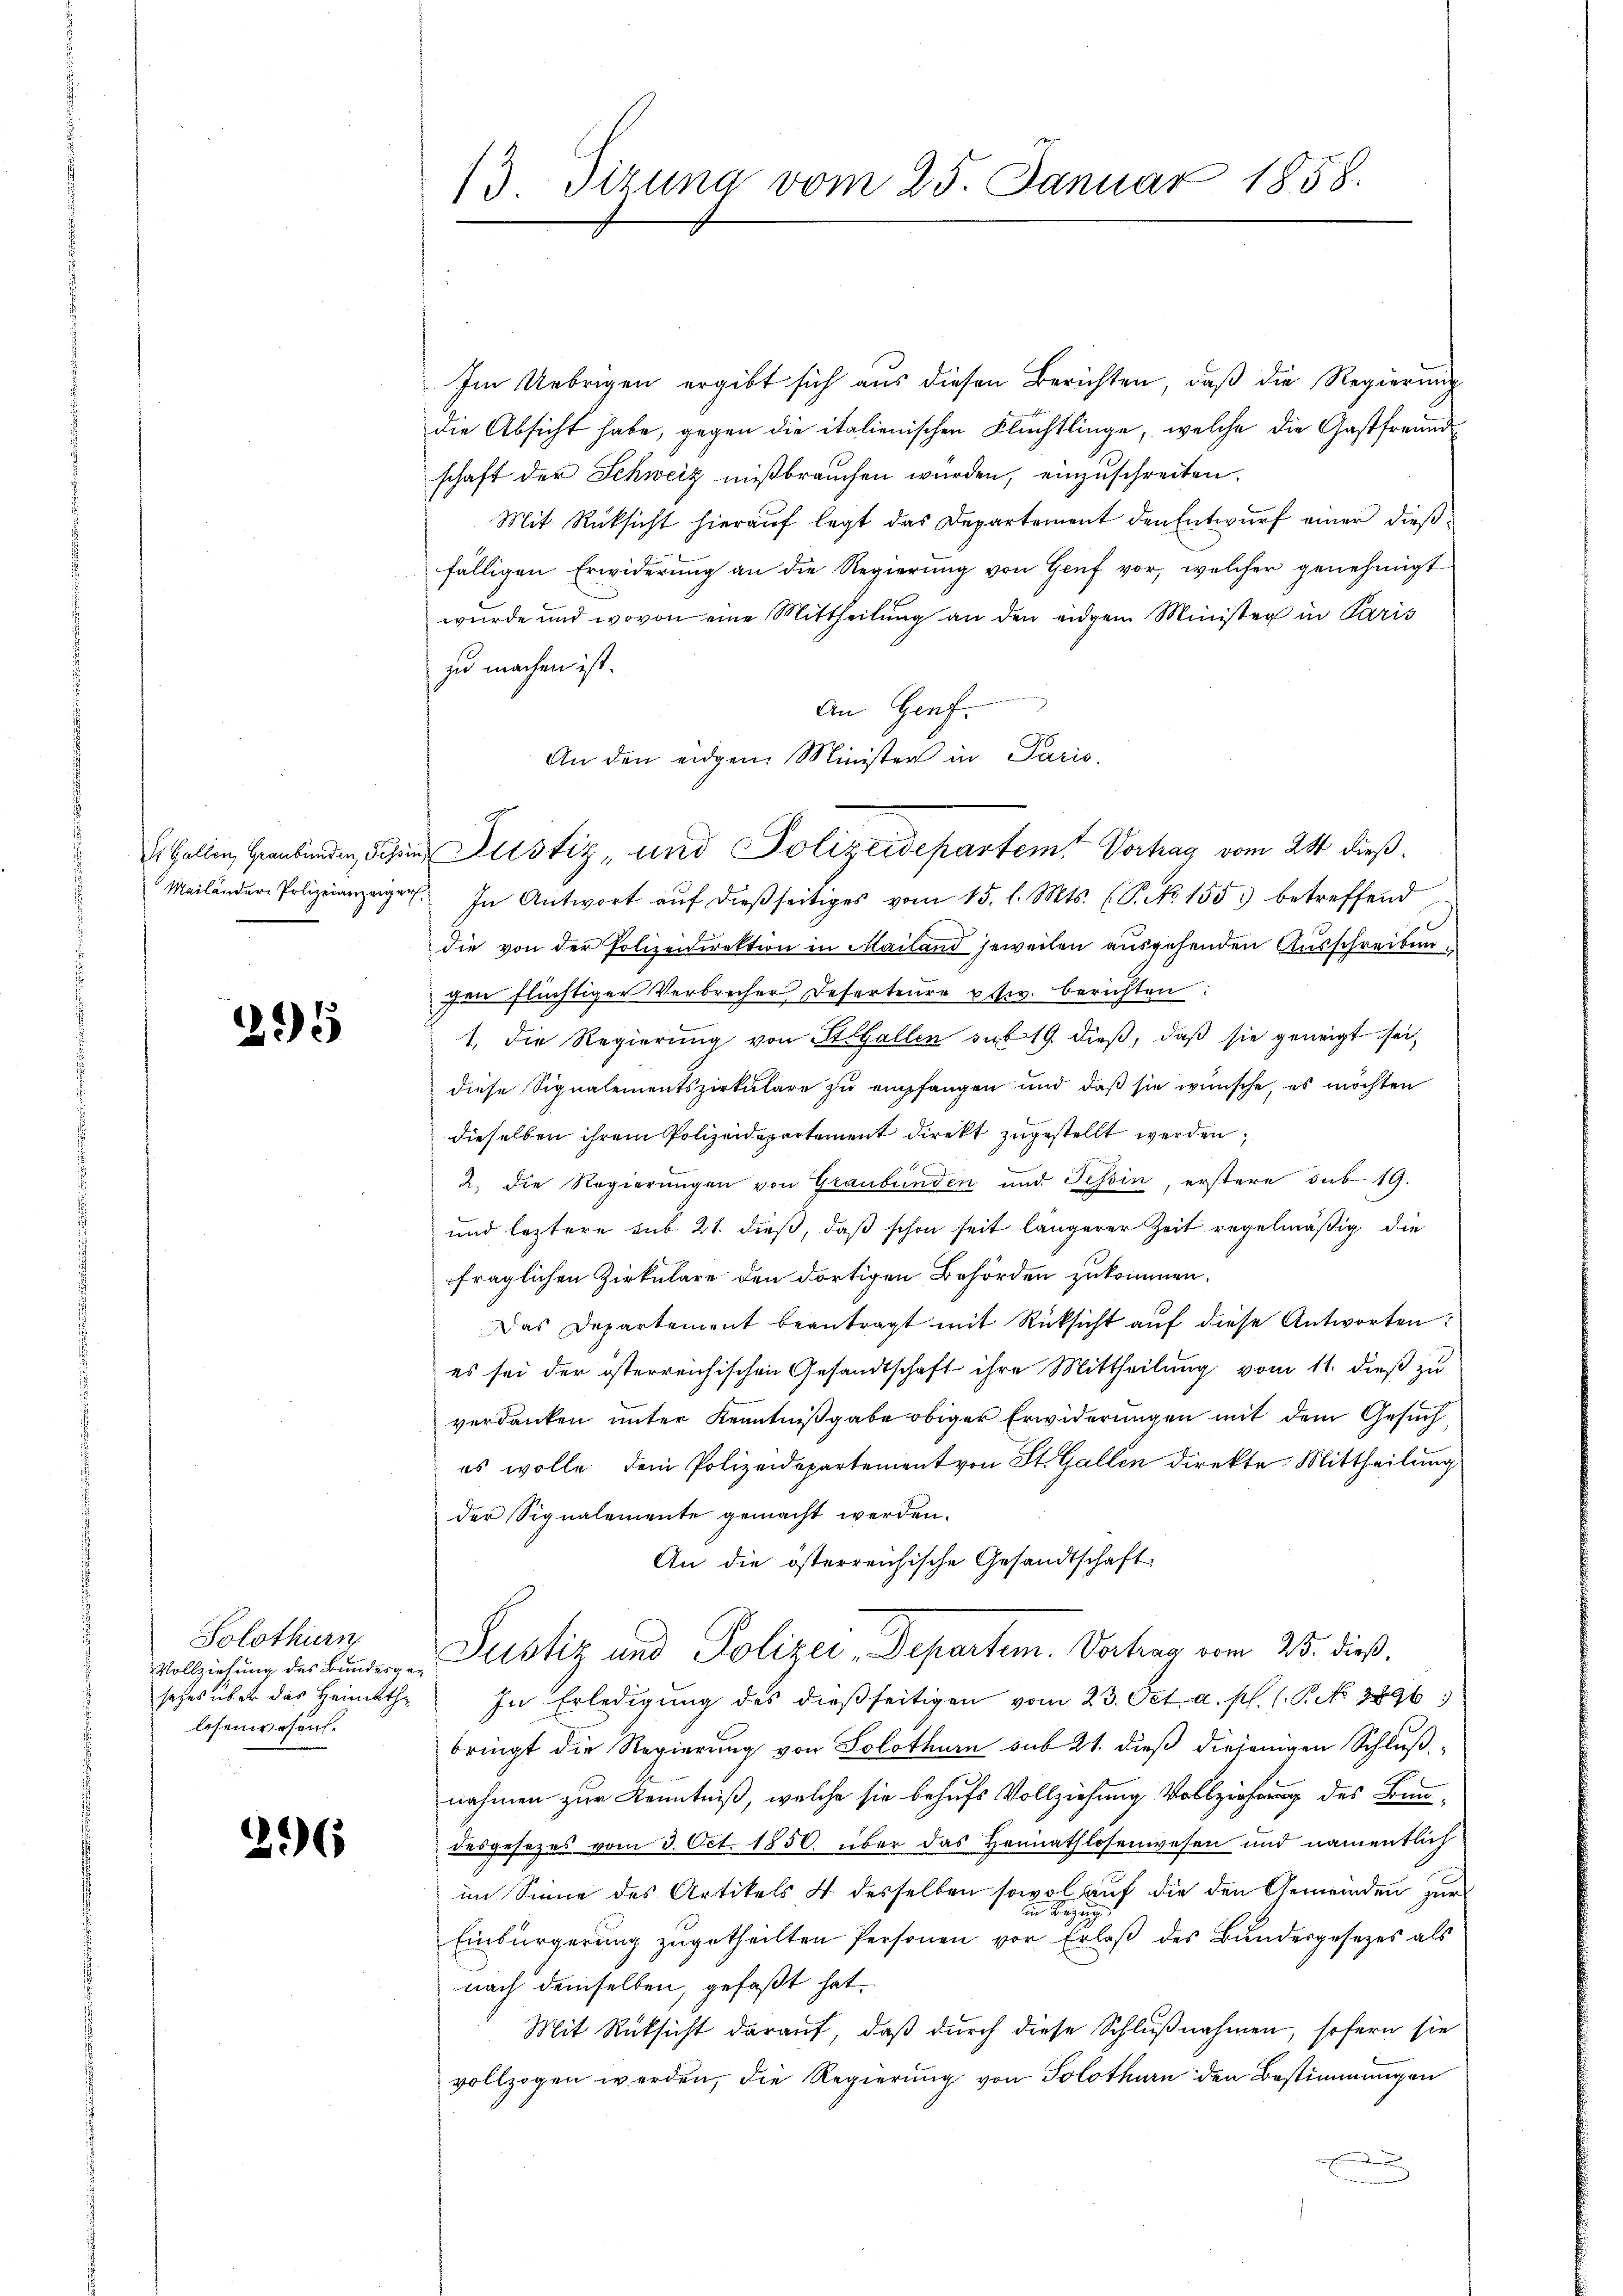
295

Solothurn
sezes über das Heimathe
losenwesen.

296

13. Dizung vom 25. Januar 1858.

Im Uebrigen ergibt sich aus diesen Berichten, daß die Regierung
die Absicht habe, gegen die italienischen Flüchtlinge, welche die Gastfreundschaft der Schweiz mißbrauchen würden, einzuschreiten.
Mit Rüksicht hierauf legt das Departement den Entwurf einer dießfälligen Erwiderung an die Regierung von Genf vor, welcher genehmigt
wurde und wovon eine Mittheilung an den eidgen Minister in Paris
zu machen ist.
An Genf.
Mailänder Polizeianzeiger. In Antwort aŭf dieβseitiges vom 15. l. Mts. (T. No 155 betreffend
die von der Polizeidirektion in Mailand jeweilen ausgehenden Ausschreibun
Ien flüchtiger Verbrecher Deserteure priv. Berichten
1. Die Regierung von St. Gallen sub 19. dieß, daß sie geneigt sei,
diese Signalementszirkulare zu empfangen und daß sie wünsche, es möchten
dieselben ihrem Polizeidepartement direkt zugestellt werden,
2. die Regierungen von Graubünden und Tessin, erstere sub 19.
und leztere sub 21. dieß, daß schon seit längerer Zeit regelmäßig die
fraglichen Zirkulare den dortigen Behörden zukommen.
Das Departement beantragt mit Rücksicht aŭf diese Antworten:
es sei der österreichischen Gesandtschaft ihre Mittheilung vom 11. dieß zu
verdanken unter Kenntnißgabe obiger Erwiderungen mit dem Gesuch,
es wolle, dem Polizeidepartement von St. Gallen direkte Mittheilung
der Signalemente gemacht werden.
An die österreichische Gesandtschaft
Vollziehung der Bunden Justiz und Polizei-Departem. Vortrag vom 25. dieß,
In Erledigung des dießseitigen vom 23. Oct. a. pl. (T. No 8896
bringt die Regierung von Solothurn sub 21. dieß diejenigen Schluß
nahmen zur Kenntniß, welche sie behufs Vollziehung Vollziehung des Bundesgesezes vom 3. Oct. 1856 über das Heimathlosenwesen und namentlich
im Sinne des Artikels 4 desselben sowol auf die den Gemeinden zur
n Bezug
Einbürgerung zugetheilten Personen vor Erlaß des Bundesgesezes als
nach demselben, gefaßt hat.
Mit Rücksicht darauf, daß durch diese Schlußnahmen, sofern sie
vollzogen werden, die Regierung von Solothurn den Bestimmungen
d

An den eidgen Minister in Paris.
ialien den Schen Justiz, und Polizeidepartemt Vortrag vom 28 dieß.